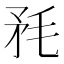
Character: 𣭅